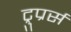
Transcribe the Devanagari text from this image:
ट्रुप्रर्स